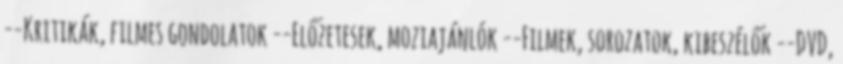
--Kritikák, filmes gondolatok --Előzetesek, moziajánlók --Filmek, sorozatok, kibeszélők --DVD,